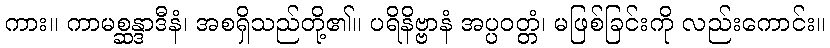
ကား။ ကာမစ္ဆန္ဒာဒီနံ၊ အစရှိသည်တို့၏။ ပရိနိဗ္ဗာနံ အပ္ပဝတ္တံ၊ မဖြစ်ခြင်းကို လည်းကောင်း။